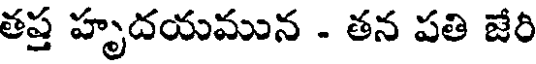
తప్త హృదయమున - తన పతి జేరి